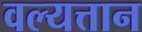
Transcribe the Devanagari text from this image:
वल्यत्तान